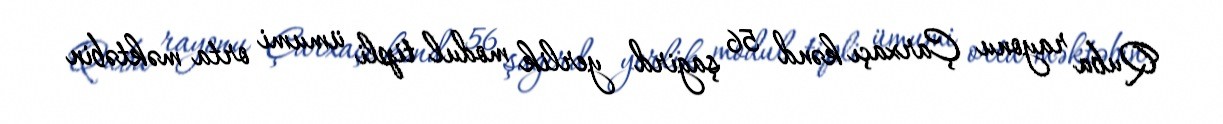
Quba rayonu Çarxaçı kənd 56 şagird yerlik modul tipli ümumi orta məktəbin